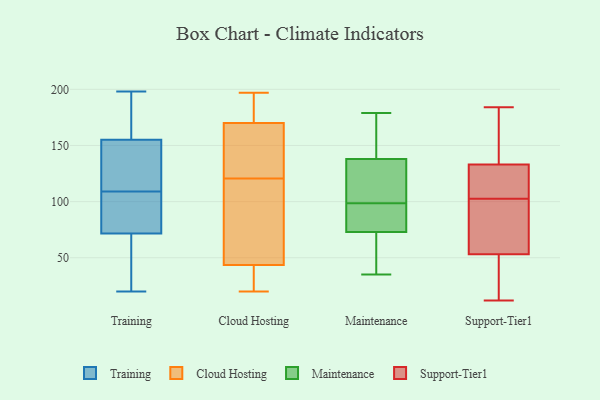
{"axis": {"x": "Website Visitors", "y": "Value"}, "legend": ["Cloud Hosting", "Maintenance", "Support-Tier1", "Training"], "data": [{"x": "", "y": 135, "type": "Training"}, {"x": "", "y": 20, "type": "Training"}, {"x": "", "y": 64, "type": "Training"}, {"x": "", "y": 90, "type": "Training"}, {"x": "", "y": 84, "type": "Training"}, {"x": "", "y": 155, "type": "Training"}, {"x": "", "y": 38, "type": "Training"}, {"x": "", "y": 198, "type": "Training"}, {"x": "", "y": 198, "type": "Training"}, {"x": "", "y": 109, "type": "Training"}, {"x": "", "y": 111, "type": "Training"}, {"x": "", "y": 26, "type": "Training"}, {"x": "", "y": 84, "type": "Training"}, {"x": "", "y": 155, "type": "Training"}, {"x": "", "y": 117, "type": "Training"}, {"x": "", "y": 74, "type": "Training"}, {"x": "", "y": 190, "type": "Training"}, {"x": "", "y": 197, "type": "Cloud Hosting"}, {"x": "", "y": 161, "type": "Cloud Hosting"}, {"x": "", "y": 180, "type": "Cloud Hosting"}, {"x": "", "y": 31, "type": "Cloud Hosting"}, {"x": "", "y": 179, "type": "Cloud Hosting"}, {"x": "", "y": 142, "type": "Cloud Hosting"}, {"x": "", "y": 95, "type": "Cloud Hosting"}, {"x": "", "y": 34, "type": "Cloud Hosting"}, {"x": "", "y": 53, "type": "Cloud Hosting"}, {"x": "", "y": 20, "type": "Cloud Hosting"}, {"x": "", "y": 101, "type": "Cloud Hosting"}, {"x": "", "y": 140, "type": "Cloud Hosting"}, {"x": "", "y": 179, "type": "Maintenance"}, {"x": "", "y": 112, "type": "Maintenance"}, {"x": "", "y": 143, "type": "Maintenance"}, {"x": "", "y": 37, "type": "Maintenance"}, {"x": "", "y": 102, "type": "Maintenance"}, {"x": "", "y": 75, "type": "Maintenance"}, {"x": "", "y": 138, "type": "Maintenance"}, {"x": "", "y": 95, "type": "Maintenance"}, {"x": "", "y": 35, "type": "Maintenance"}, {"x": "", "y": 73, "type": "Maintenance"}, {"x": "", "y": 184, "type": "Support-Tier1"}, {"x": "", "y": 58, "type": "Support-Tier1"}, {"x": "", "y": 87, "type": "Support-Tier1"}, {"x": "", "y": 33, "type": "Support-Tier1"}, {"x": "", "y": 128, "type": "Support-Tier1"}, {"x": "", "y": 48, "type": "Support-Tier1"}, {"x": "", "y": 26, "type": "Support-Tier1"}, {"x": "", "y": 80, "type": "Support-Tier1"}, {"x": "", "y": 132, "type": "Support-Tier1"}, {"x": "", "y": 106, "type": "Support-Tier1"}, {"x": "", "y": 161, "type": "Support-Tier1"}, {"x": "", "y": 155, "type": "Support-Tier1"}, {"x": "", "y": 122, "type": "Support-Tier1"}, {"x": "", "y": 134, "type": "Support-Tier1"}, {"x": "", "y": 105, "type": "Support-Tier1"}, {"x": "", "y": 68, "type": "Support-Tier1"}, {"x": "", "y": 34, "type": "Support-Tier1"}, {"x": "", "y": 184, "type": "Support-Tier1"}, {"x": "", "y": 12, "type": "Support-Tier1"}, {"x": "", "y": 100, "type": "Support-Tier1"}]}